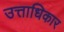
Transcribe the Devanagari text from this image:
उत्ताधिकार